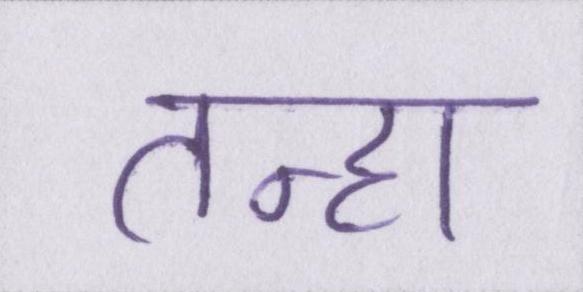
तन्हा